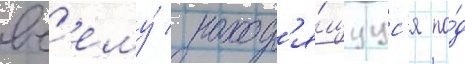
вс'ему́ / наход'я́щуус'я по́д